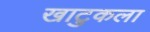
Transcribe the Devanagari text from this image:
खाटुकला